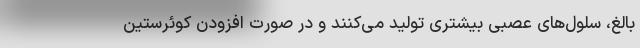
بالغ، سلول‌های عصبی بیشتری تولید می‌کنند و در صورت افزودن کوئرستین